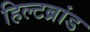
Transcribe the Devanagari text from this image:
हिल्टब्रांड